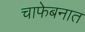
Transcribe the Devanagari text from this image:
चाफेबनात